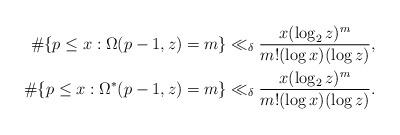
LaTeX: \begin{align*} \# \{p\le x : \Omega(p-1,z)=m \} \ll_{\delta} \frac{x(\log_2 z)^m}{m!(\log x)(\log z)}, \\ \# \{p\le x : \Omega^*(p-1,z)=m \} \ll_{\delta} \frac{x(\log_2 z)^m}{m!(\log x)(\log z)}. \end{align*}